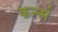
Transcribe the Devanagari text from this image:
कर्न्‍स